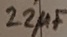
Text: 22µF